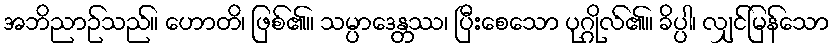
အဘိညာဉ်သည်။ ဟောတိ၊ ဖြစ်၏။ သမ္ပာဒေန္တဿ၊ ပြီးစေသော ပုဂ္ဂိုလ်၏။ ခိပ္ပါ၊ လျှင်မြန်သော